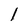
Character: l